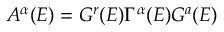
A ^ { \alpha } ( E ) = G ^ { r } ( E ) \Gamma ^ { \alpha } ( E ) G ^ { a } ( E )